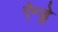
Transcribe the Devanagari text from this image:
ऐन्ड्रे